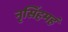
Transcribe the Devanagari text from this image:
नृसिंहमहं